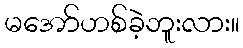
မအော်ဟစ်ခဲ့ဘူးလား။